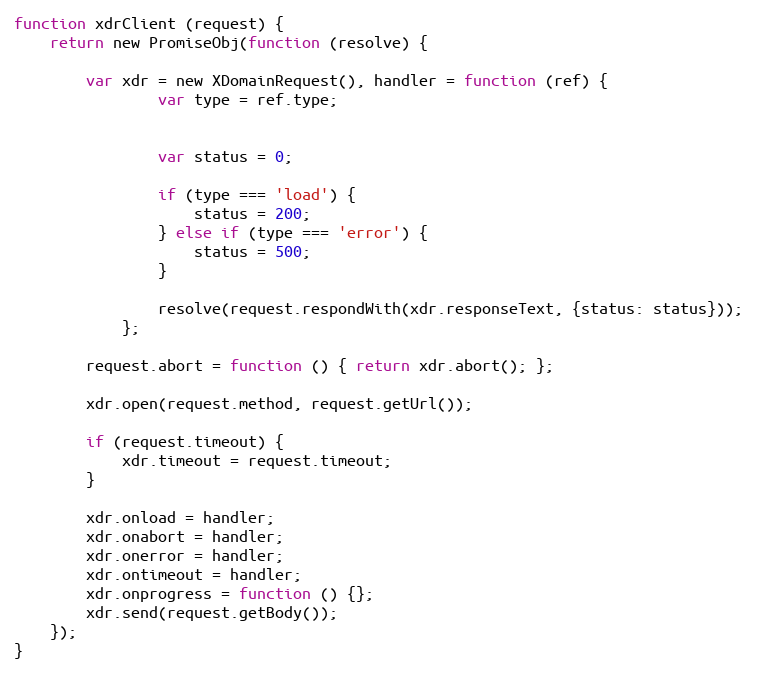
Language: JavaScript
function xdrClient (request) {
    return new PromiseObj(function (resolve) {

        var xdr = new XDomainRequest(), handler = function (ref) {
                var type = ref.type;

                var status = 0;

                if (type === 'load') {
                    status = 200;
                } else if (type === 'error') {
                    status = 500;
                }

                resolve(request.respondWith(xdr.responseText, {status: status}));
            };

        request.abort = function () { return xdr.abort(); };

        xdr.open(request.method, request.getUrl());

        if (request.timeout) {
            xdr.timeout = request.timeout;
        }

        xdr.onload = handler;
        xdr.onabort = handler;
        xdr.onerror = handler;
        xdr.ontimeout = handler;
        xdr.onprogress = function () {};
        xdr.send(request.getBody());
    });
}